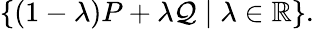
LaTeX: \{ (1-\lambda)P+\lambda\mathcal{Q}\mid\lambda\in\mathbb{{R}}\} .